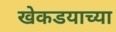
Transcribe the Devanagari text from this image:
खेकडयाच्या